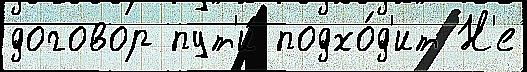
договор пут'и́ подхо́д'ит Н'е